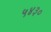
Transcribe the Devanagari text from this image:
५४३०